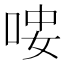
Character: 𠳴